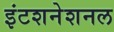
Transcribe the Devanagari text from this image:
इंटशनेशनल